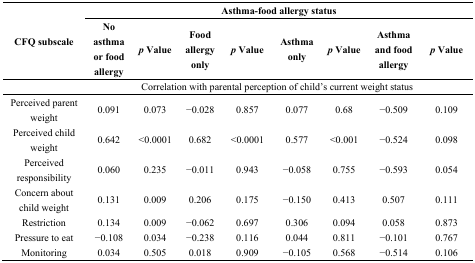
<table><thead><tr><td rowspan="2"><b>CFQ subscale</b></td><td colspan="8"><b>Asthma-food allergy status</b></td></tr><tr><td><b>No asthma or food allergy</b></td><td><b><i>p</i> Value</b></td><td><b>Food allergy only</b></td><td><b><i>p</i> Value</b></td><td><b>Asthma only</b></td><td><b><i>p</i> Value</b></td><td><b>Asthma and food allergy</b></td><td><b><i>p</i> Value</b></td></tr></thead><tbody><tr><td></td><td colspan="8">Correlation with parental perception of child’s current weight status</td></tr><tr><td>Perceived parent weight</td><td>0.091</td><td>0.073</td><td>−0.028</td><td>0.857</td><td>0.077</td><td>0.68</td><td>−0.509</td><td>0.109</td></tr><tr><td>Perceived child weight</td><td>0.642</td><td>&lt;0.0001</td><td>0.682</td><td>&lt;0.0001</td><td>0.577</td><td>&lt;0.001</td><td>−0.524</td><td>0.098</td></tr><tr><td>Perceived responsibility</td><td>0.060</td><td>0.235</td><td>−0.011</td><td>0.943</td><td>−0.058</td><td>0.755</td><td>−0.593</td><td>0.054</td></tr><tr><td>Concern about child weight</td><td>0.131</td><td>0.009</td><td>0.206</td><td>0.175</td><td>−0.150</td><td>0.413</td><td>0.507</td><td>0.111</td></tr><tr><td>Restriction</td><td>0.134</td><td>0.009</td><td>−0.062</td><td>0.697</td><td>0.306</td><td>0.094</td><td>0.058</td><td>0.873</td></tr><tr><td>Pressure to eat</td><td>−0.108</td><td>0.034</td><td>−0.238</td><td>0.116</td><td>0.044</td><td>0.811</td><td>−0.101</td><td>0.767</td></tr><tr><td>Monitoring</td><td>0.034</td><td>0.505</td><td>0.018</td><td>0.909</td><td>−0.105</td><td>0.568</td><td>−0.514</td><td>0.106</td></tr></tbody></table>